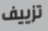
تزييف